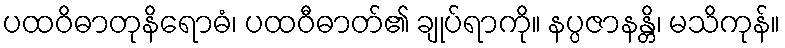
ပထဝိဓာတုနိရောဓံ၊ ပထဝီဓာတ်၏ ချုပ်ရာကို။ နပ္ပဇာနန္တိ၊ မသိကုန်။